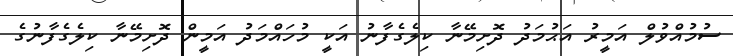
ސުމުއްވުލް އަމީރު އަޙުމަދު ދޮށިމޭނާ ކިލެގެފާނު އަކީ މުހައްމަދު އަމީން ދޮށިމޭނާ ކިލެގެފާނުގެ